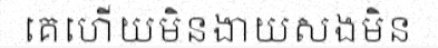
គេហើយមិនងាយសងមិន